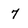
Character: 7